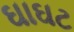
ઘાઘટ